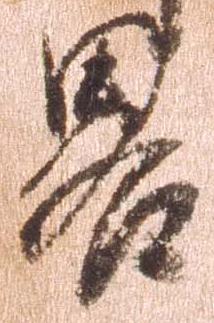
略